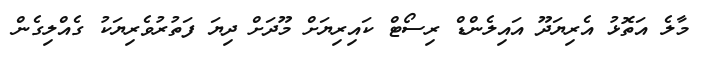
މާލެ އަތޮޅު އެރިޔަދޫ އައިލެންޑް ރިސޯޓް ކައިރިޔަށް މޫދަށް ދިޔަ ފަތުރުވެރިޔަކު ގެއްލިގެން